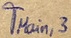
Text: TMain,3